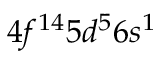
4 f ^ { 1 4 } 5 d ^ { 5 } 6 s ^ { 1 }